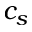
c _ { s }